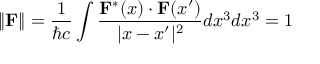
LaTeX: \| \mathbf { F } \| = { \frac { 1 } { \hbar c } } \int { \frac { \mathbf { F } ^ { * } ( x ) \cdot \mathbf { F } ( x ^ { \prime } ) } { | x - x ^ { \prime } | ^ { 2 } } } d x ^ { 3 } d x ^ { 3 } = 1